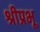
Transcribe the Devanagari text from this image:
श्रीप्रभू